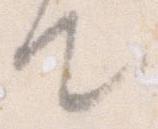
て